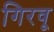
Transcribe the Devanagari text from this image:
गिरवू